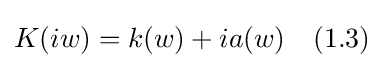
K(iw)=k(w)+ia(w)\quad (1.3)